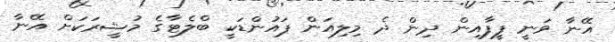
އޭނާ ވަނީ ފީފާއިން ދިން ދެ މިލިއަން ޕައުންޑަކީ ބްލެޓާގެ މުޝީރަކަށް އޭނާ